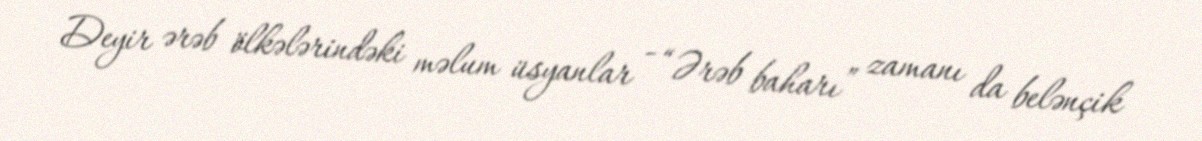
Deyir ərəb ölkələrindəki məlum üsyanlar - “Ərəb baharı” zamanı da belənçik